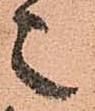
々